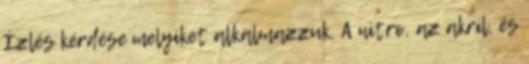
Ízlés kérdése melyiket alkalmazzuk. A nitro, az akril, és